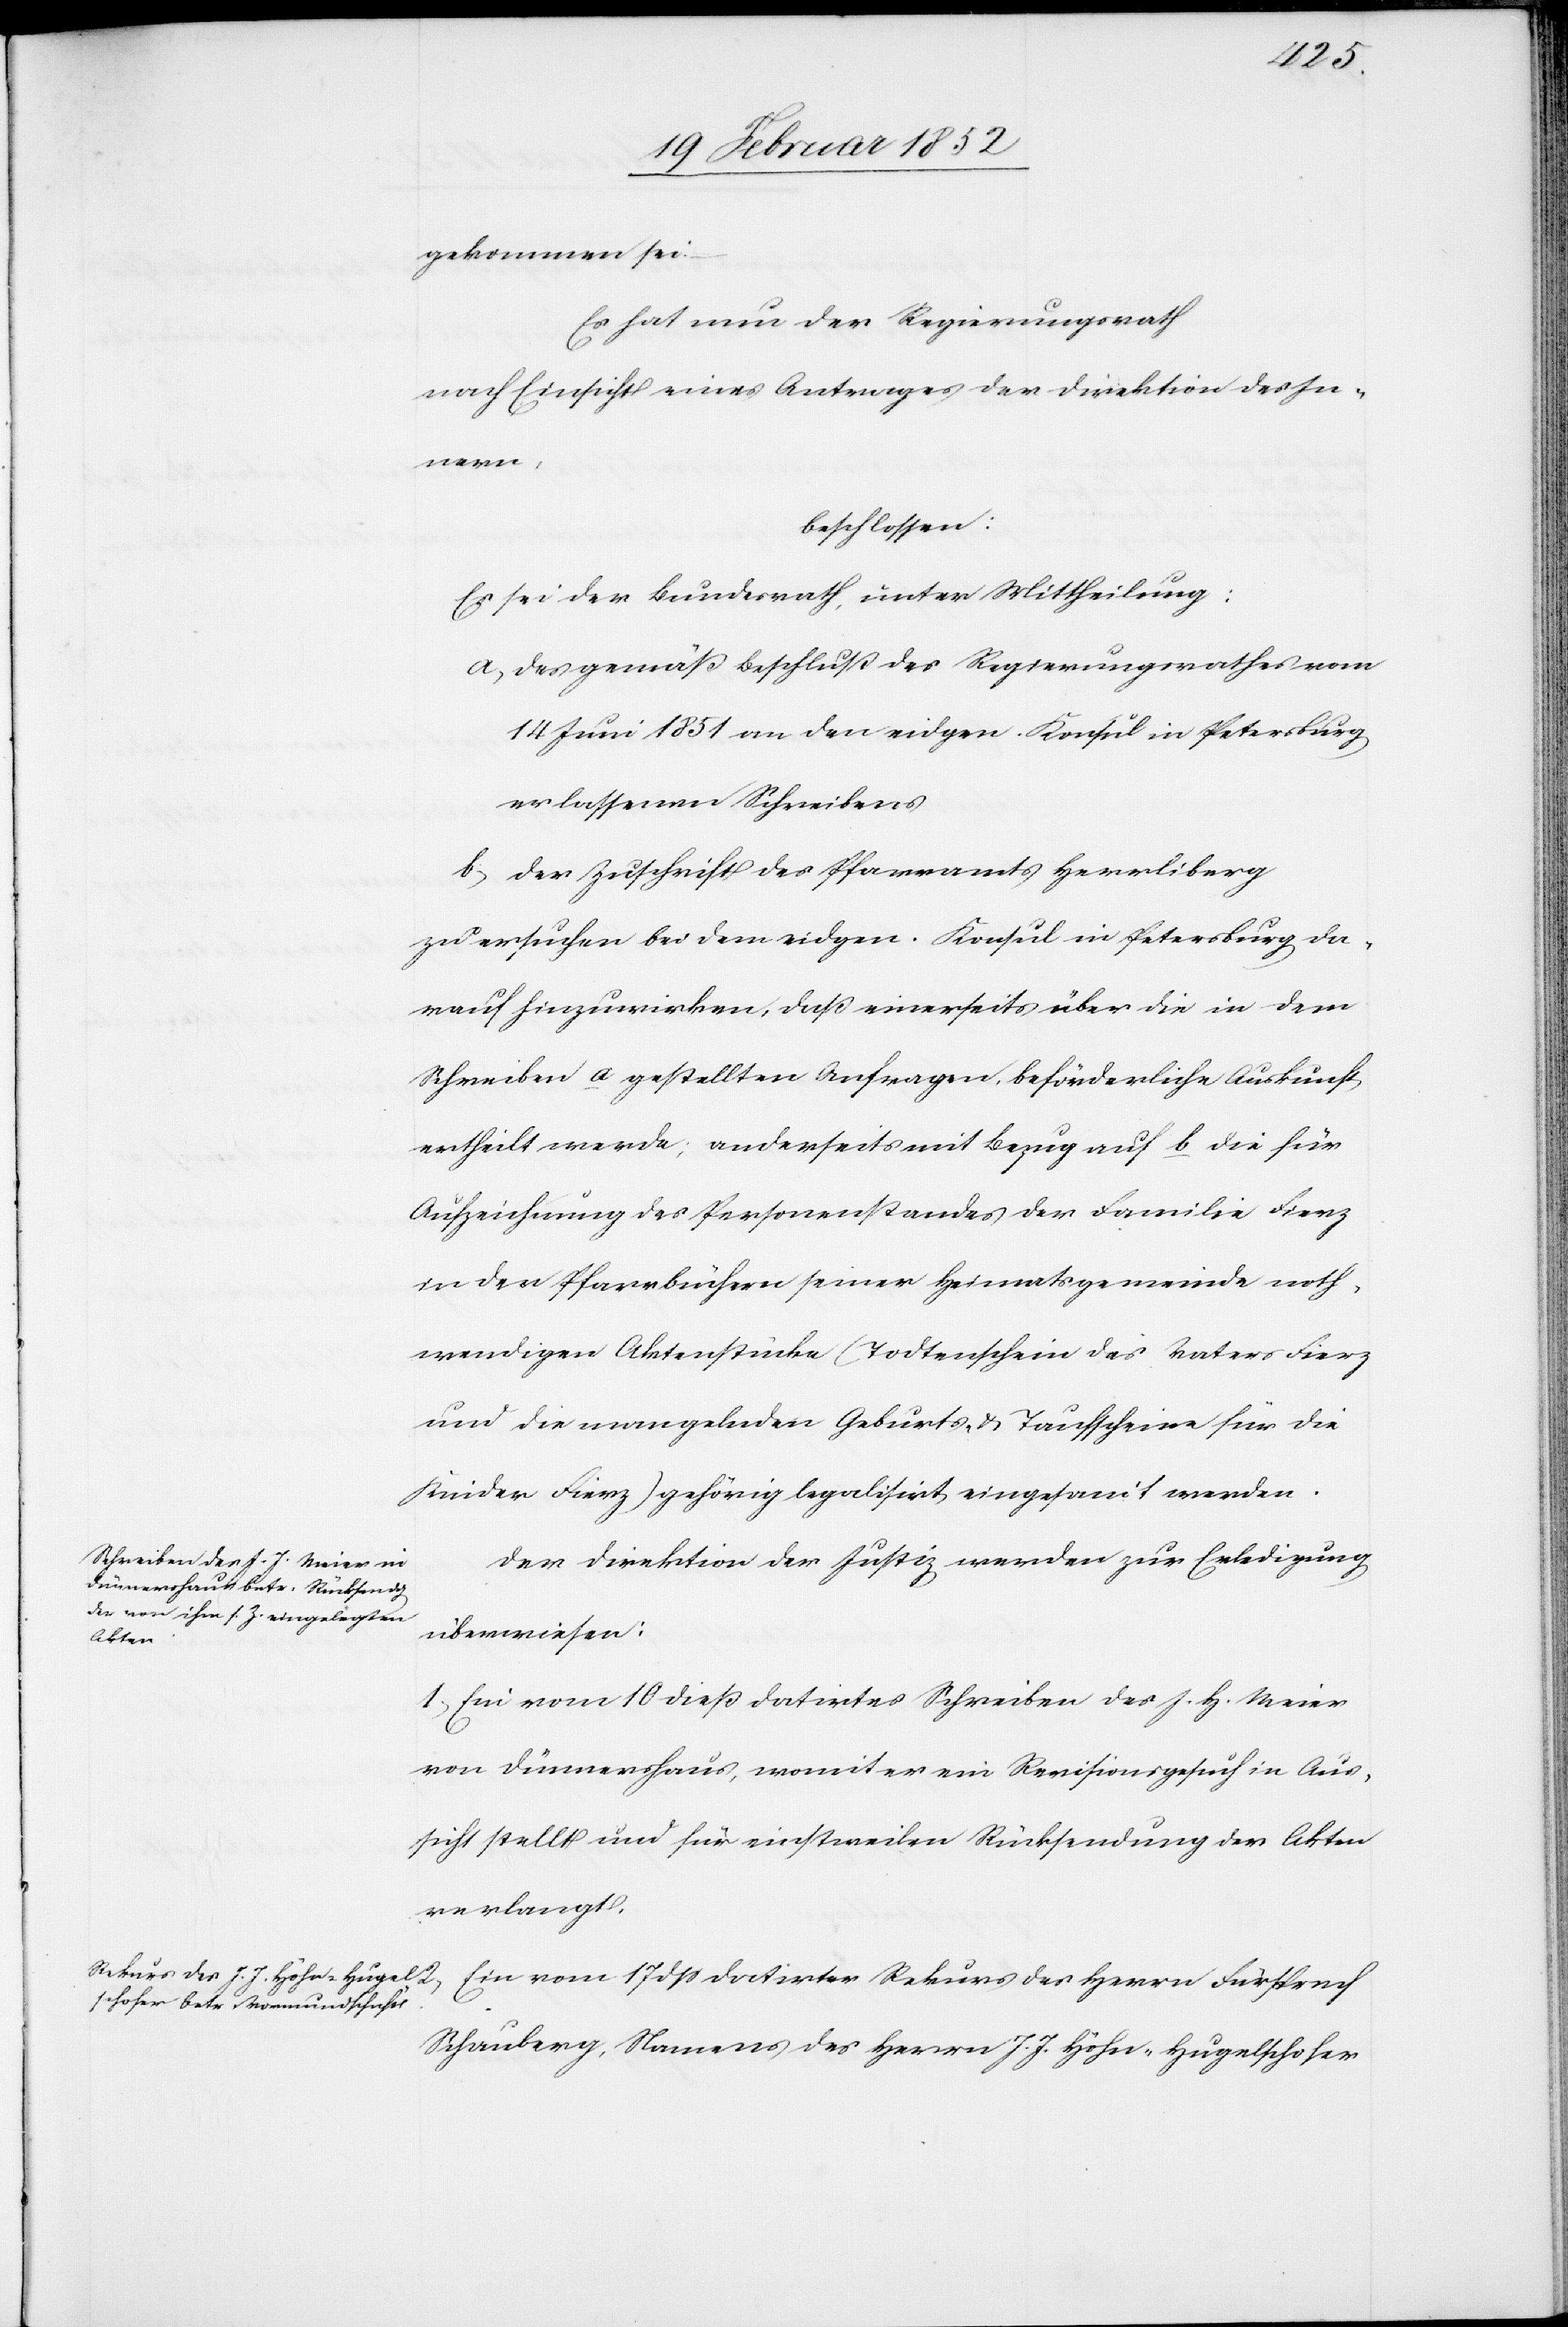
gekommen sei.
Es hat nun der Regierungsrath
nach Einsicht eines Antrages der Direktion des In¬
nern,
beschlossen:
2)
Es sei der Bundesrath, unter Mittheilung:
a) des gemäß Beschluß des Regierungsrathes vom
14 Juni 1851 an den eidgen. Konsul in Petersburg
erlassenen Schreibens
b) der Zuschrift des Pfarramts Herrliberg
zu ersuchen bei dem eidgen. Konsul in Petersburg da¬
rauf hinzuwirken, daß einerseits über die in dem
Schreiben a gestellten Anfragen beförderliche Auskunft
ertheilt werde, anderseits mit Bezug auf b die für
Aufzeichnung des Personenstandes der Familie Fierz
in den Pfarrbüchern seiner Heimatsgemeinde noth¬
wendigen Aktenstücke (Todtenschein des Vaters Fierz
und die mangelnden Geburts- u. Taufscheine für die
Kinder Fierz) gehörig legalisiert eingesandt werden.
Der Direktion der Justiz werden zur Erledigung
überwiesen:
1.) Ein vom 10 dieß datirtes Schreiben des J. H. Meier
von Dünnershaus, womit er ein Revisionsgesuch in Aus¬
sicht stellt und für einstweilen Rücksendung der Akten
verlangt.
Schauberg, Namens des Herrn J. J. Höhn-Hugelschofer